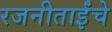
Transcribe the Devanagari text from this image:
रजनीताईंचे